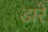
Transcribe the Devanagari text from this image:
डारे